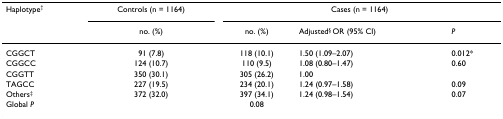
<table><thead><tr><td><b>Haplotype<sup>†</sup></b></td><td><b>Controls (n = 1164)</b></td><td colspan="3"><b>Cases (n = 1164)</b></td></tr><tr><td>[EMPTY_CELL]</td><td><b>no. (%)</b></td><td><b>no. (%)</b></td><td><b>Adjusted<sup>§ </sup>OR (95% CI)</b></td><td><b><i>P</i></b></td></tr></thead><tbody><tr><td>CGGCT</td><td>91 (7.8)</td><td>118 (10.1)</td><td>1.50 (1.09–2.07)</td><td>0.012*</td></tr><tr><td>CGGCC</td><td>124 (10.7)</td><td>110 (9.5)</td><td>1.08 (0.80–1.47)</td><td>0.60</td></tr><tr><td>CGGTT</td><td>350 (30.1)</td><td>305 (26.2)</td><td>1.00</td><td>[EMPTY_CELL]</td></tr><tr><td>TAGCC</td><td>227 (19.5)</td><td>234 (20.1)</td><td>1.24 (0.97–1.58)</td><td>0.09</td></tr><tr><td>Others<sup>‡</sup></td><td>372 (32.0)</td><td>397 (34.1)</td><td>1.24 (0.98–1.54)</td><td>0.07</td></tr><tr><td>Global <i>P</i></td><td>[EMPTY_CELL]</td><td>0.08</td><td>[EMPTY_CELL]</td><td>[EMPTY_CELL]</td></tr></tbody></table>